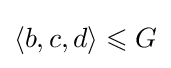
\langle b,c,d\rangle \leqslant G